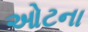
ઓટના